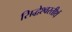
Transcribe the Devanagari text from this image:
सिद्धेश्वरतीर्थ